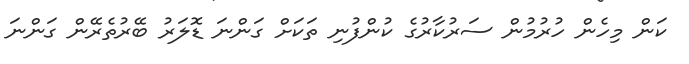
ކަން މިހެން ހުރުމުން ސަރުކާރުގެ ކުންފުނި ތަކަށް ގަންނަ ޑޮލަރު ބޭރުތެރޭން ގަންނަ